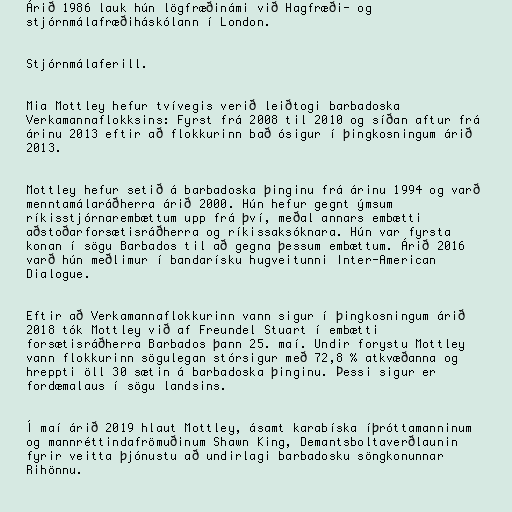
Árið 1986 lauk hún lögfræðinámi við Hagfræði- og
stjórnmálafræðiháskólann í London.

Stjórnmálaferill.

Mia Mottley hefur tvívegis verið leiðtogi barbadoska
Verkamannaflokksins: Fyrst frá 2008 til 2010 og síðan aftur frá
árinu 2013 eftir að flokkurinn bað ósigur í þingkosningum árið
2013.

Mottley hefur setið á barbadoska þinginu frá árinu 1994 og varð
menntamálaráðherra árið 2000. Hún hefur gegnt ýmsum
ríkisstjórnarembættum upp frá því, meðal annars embætti
aðstoðarforsætisráðherra og ríkissaksóknara. Hún var fyrsta
konan í sögu Barbados til að gegna þessum embættum. Árið 2016
varð hún meðlimur í bandarísku hugveitunni Inter-American
Dialogue.

Eftir að Verkamannaflokkurinn vann sigur í þingkosningum árið
2018 tók Mottley við af Freundel Stuart í embætti
forsætisráðherra Barbados þann 25. maí. Undir forystu Mottley
vann flokkurinn sögulegan stórsigur með 72,8 % atkvæðanna og
hreppti öll 30 sætin á barbadoska þinginu. Þessi sigur er
fordæmalaus í sögu landsins.

Í maí árið 2019 hlaut Mottley, ásamt karabíska íþróttamanninum
og mannréttindafrömuðinum Shawn King, Demantsboltaverðlaunin
fyrir veitta þjónustu að undirlagi barbadosku söngkonunnar
Rihönnu.